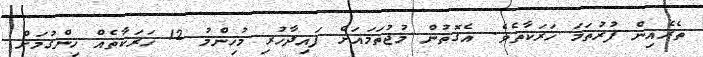
ތެރެއިން ފުރުތަމަ ހަރަކާތެވެ. އެގޮތުން މުޖުތަމައަށް ފައިދާހުރި މުހިންމު 12 ހަރަކާތެއް ހިންގުމަށް